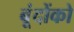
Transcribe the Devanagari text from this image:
बूंदोंको